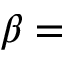
\beta =